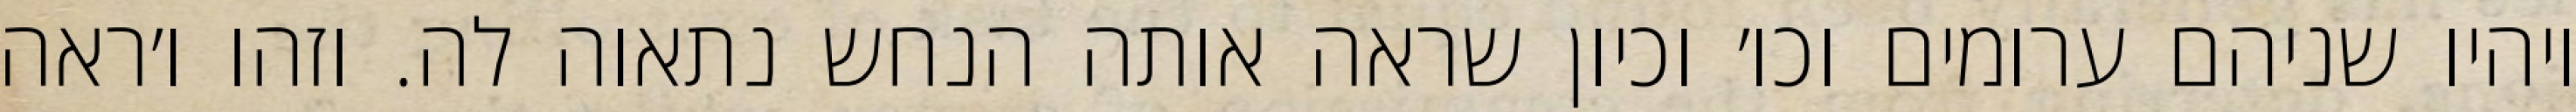
ויהיו שניהם ערומים וכו׳ וכיון שראה אותה הנחש נתאוה לה. וזהו ו׳ראה